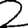
Digit: 2